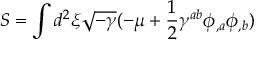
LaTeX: S = \int d ^ { 2 } \xi \sqrt { - \gamma } ( - \mu + \frac { 1 } { 2 } \gamma ^ { a b } \phi _ { , a } \phi _ { , b } )